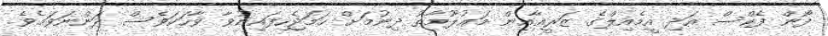
ފޯން ފެކްސް އަދި އީމެއިލްގެ ޒަރީޢާއިން މަޢުލޫމާތު ދިނުމަށް ހަމަޖެހިފައިނުވާ ވާހަކަވެސް ދަންނަވަމެވެ.